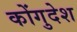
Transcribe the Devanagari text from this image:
कोंगुदेश